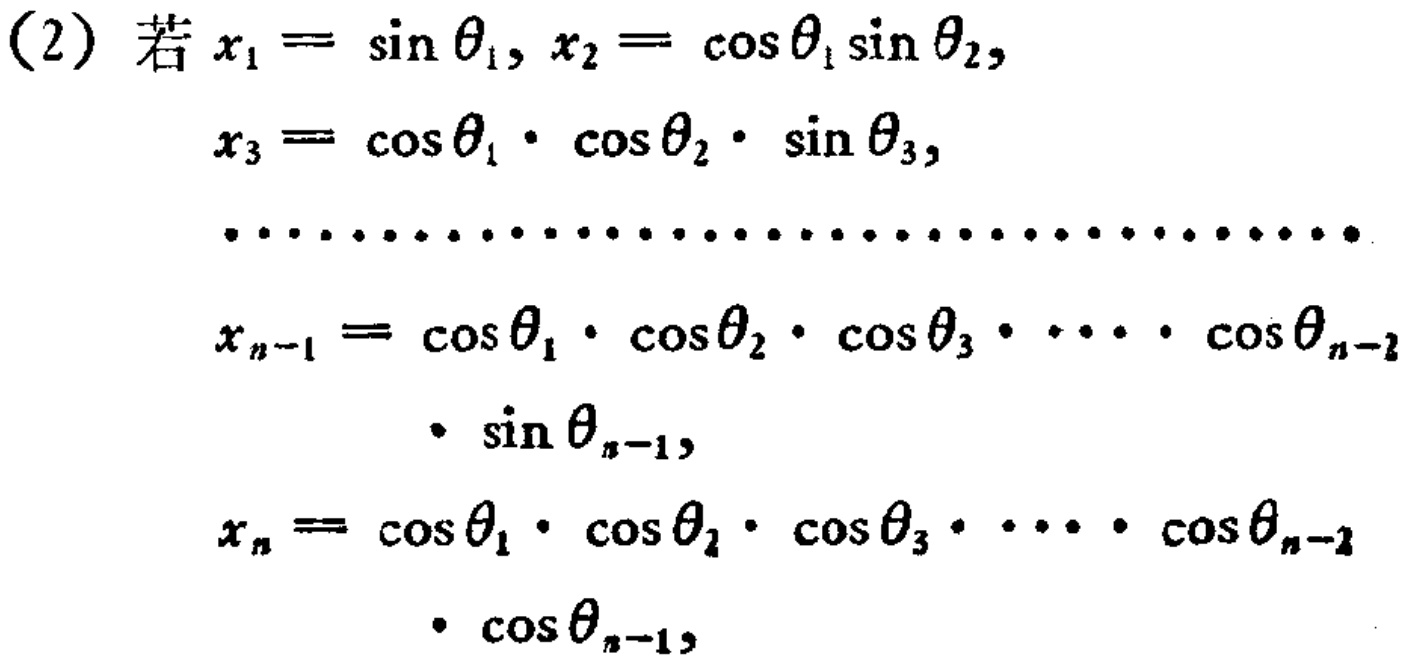
(2) 若 \(x_{1}=\sin\theta_{1},x_{2}=\cos\theta_{1}\sin\theta_{2},\)

\(x_{3}=\cos\theta_{1}\cdot\cos\theta_{2}\cdot\sin\theta_{3},\)

\(\cdots\cdots\cdots\cdots\cdots\cdots\cdots\cdots\cdots\cdots\cdots\cdots\cdots\cdots\)

\(x_{n - 1}=\cos\theta_{1}\cdot\cos\theta_{2}\cdot\cos\theta_{3}\cdots\cdot\cos\theta_{n - 2}\)

\(\cdot\sin\theta_{n - 1},\)

\(x_{n}=\cos\theta_{1}\cdot\cos\theta_{2}\cdot\cos\theta_{3}\cdots\cdot\cos\theta_{n - 2}\)

\(\cdot\cos\theta_{n - 1},\)